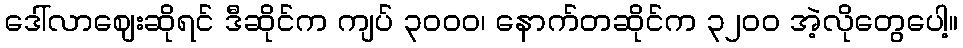
ဒေါ်လာဈေးဆိုရင် ဒီဆိုင်က ကျပ် ၃၀၀၀၊ နောက်တဆိုင်က ၃၂၀၀ အဲ့လိုတွေပေါ့။